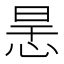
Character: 𢙶